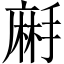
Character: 𪎚